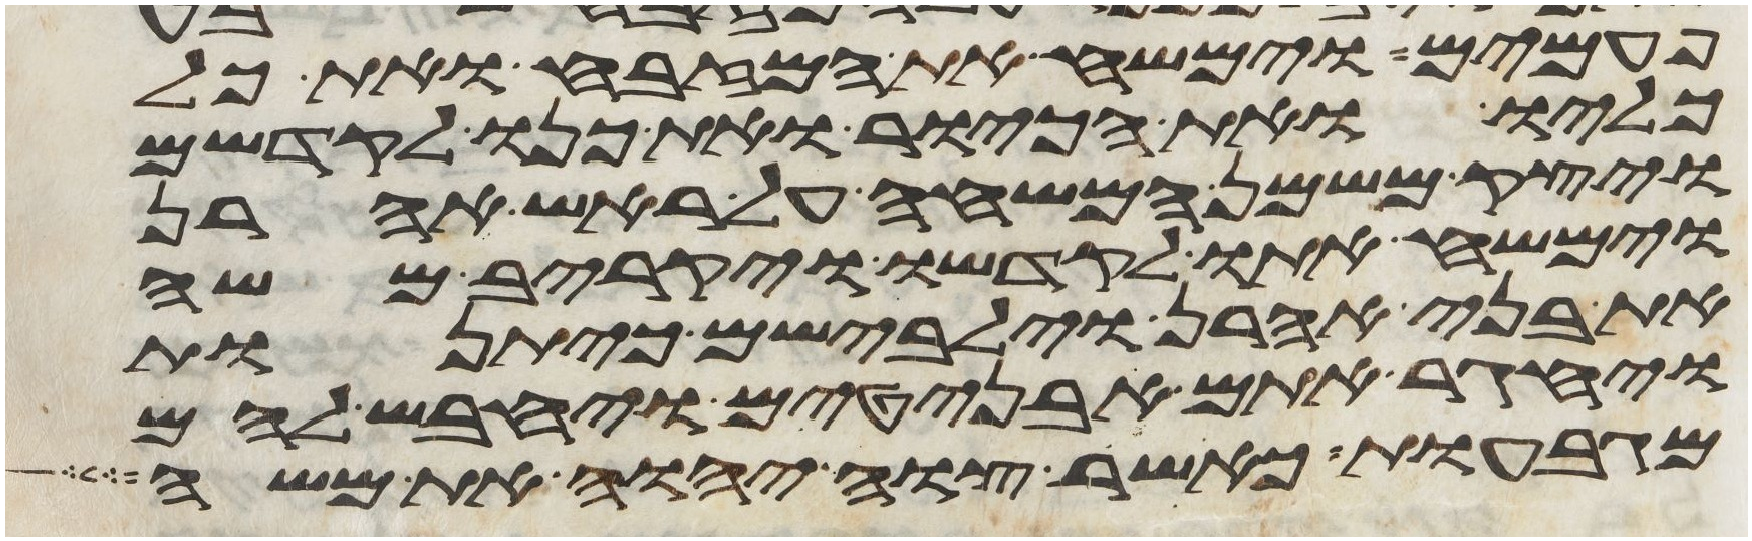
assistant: פעמים וימשח את המזבח ואת כל
כליו ואת הכיור ואת כנו לקדשם
ויצק משמן המשחה על ראש אהרן
וימשח אתו לקדשו ויקריב משה
את בני אהרן וילבשם כיתנות
ויחגר אתם אבניטים ויחבש להם
מגבעות כאשר צוה יהוה את משה